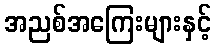
အညစ်အကြေးများနှင့်